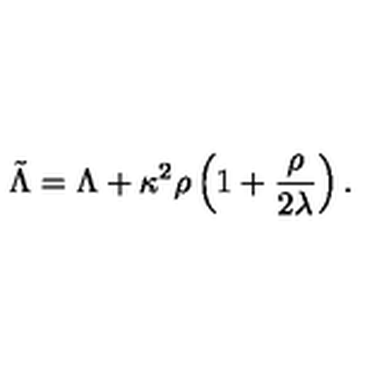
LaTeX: \tilde { \Lambda } = \Lambda + \kappa ^ { 2 } \rho \left( 1 + \frac { \rho } { 2 \lambda } \right) .